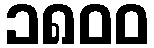
၁၈၀၀